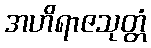
အဟိရာဇသုတ္တံ